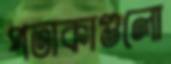
পতাকাগুলো